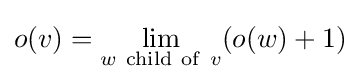
o(v)=\lim _{w\mathrm {\ child\ of\ } v}(o(w)+1)